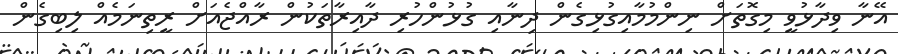
އޭނާ ވިދާޅުވީ މިގޮތަށް ނިންމުމާއިގުޅިގެން ދިނާއި ގުޅުންހުރި ދާއިރާތަކުން ރާއްޖެއަށް ރީތިނަމެއް ލިބިގެން